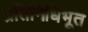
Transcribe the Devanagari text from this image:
प्रतिनिधिभूत